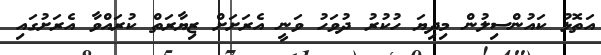
އަތޮޅު ކައުންސިލުން މިދިޔަ ހުކުރު ދުވަހު ވަނީ އެރަށަށް ޒިޔާރަތް ކުރައްވާ އެރަށުގައި